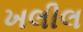
ખલીલ